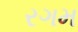
રગમ